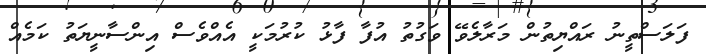
ފަލަސްތީނު ރައްޔިތުން މަރާލެވޭ ވަގުތު އުފާ ފާޅު ކުރުމަކީ އެއްވެސް އިންސާނީޔަތު ކަމެއް